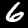
Digit: 6